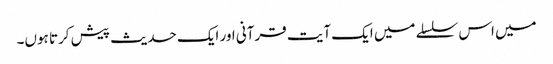
میں اس سلسلے میں ایک آیت قرآنی اور ایک حدیث پیش کرتا ہوں۔